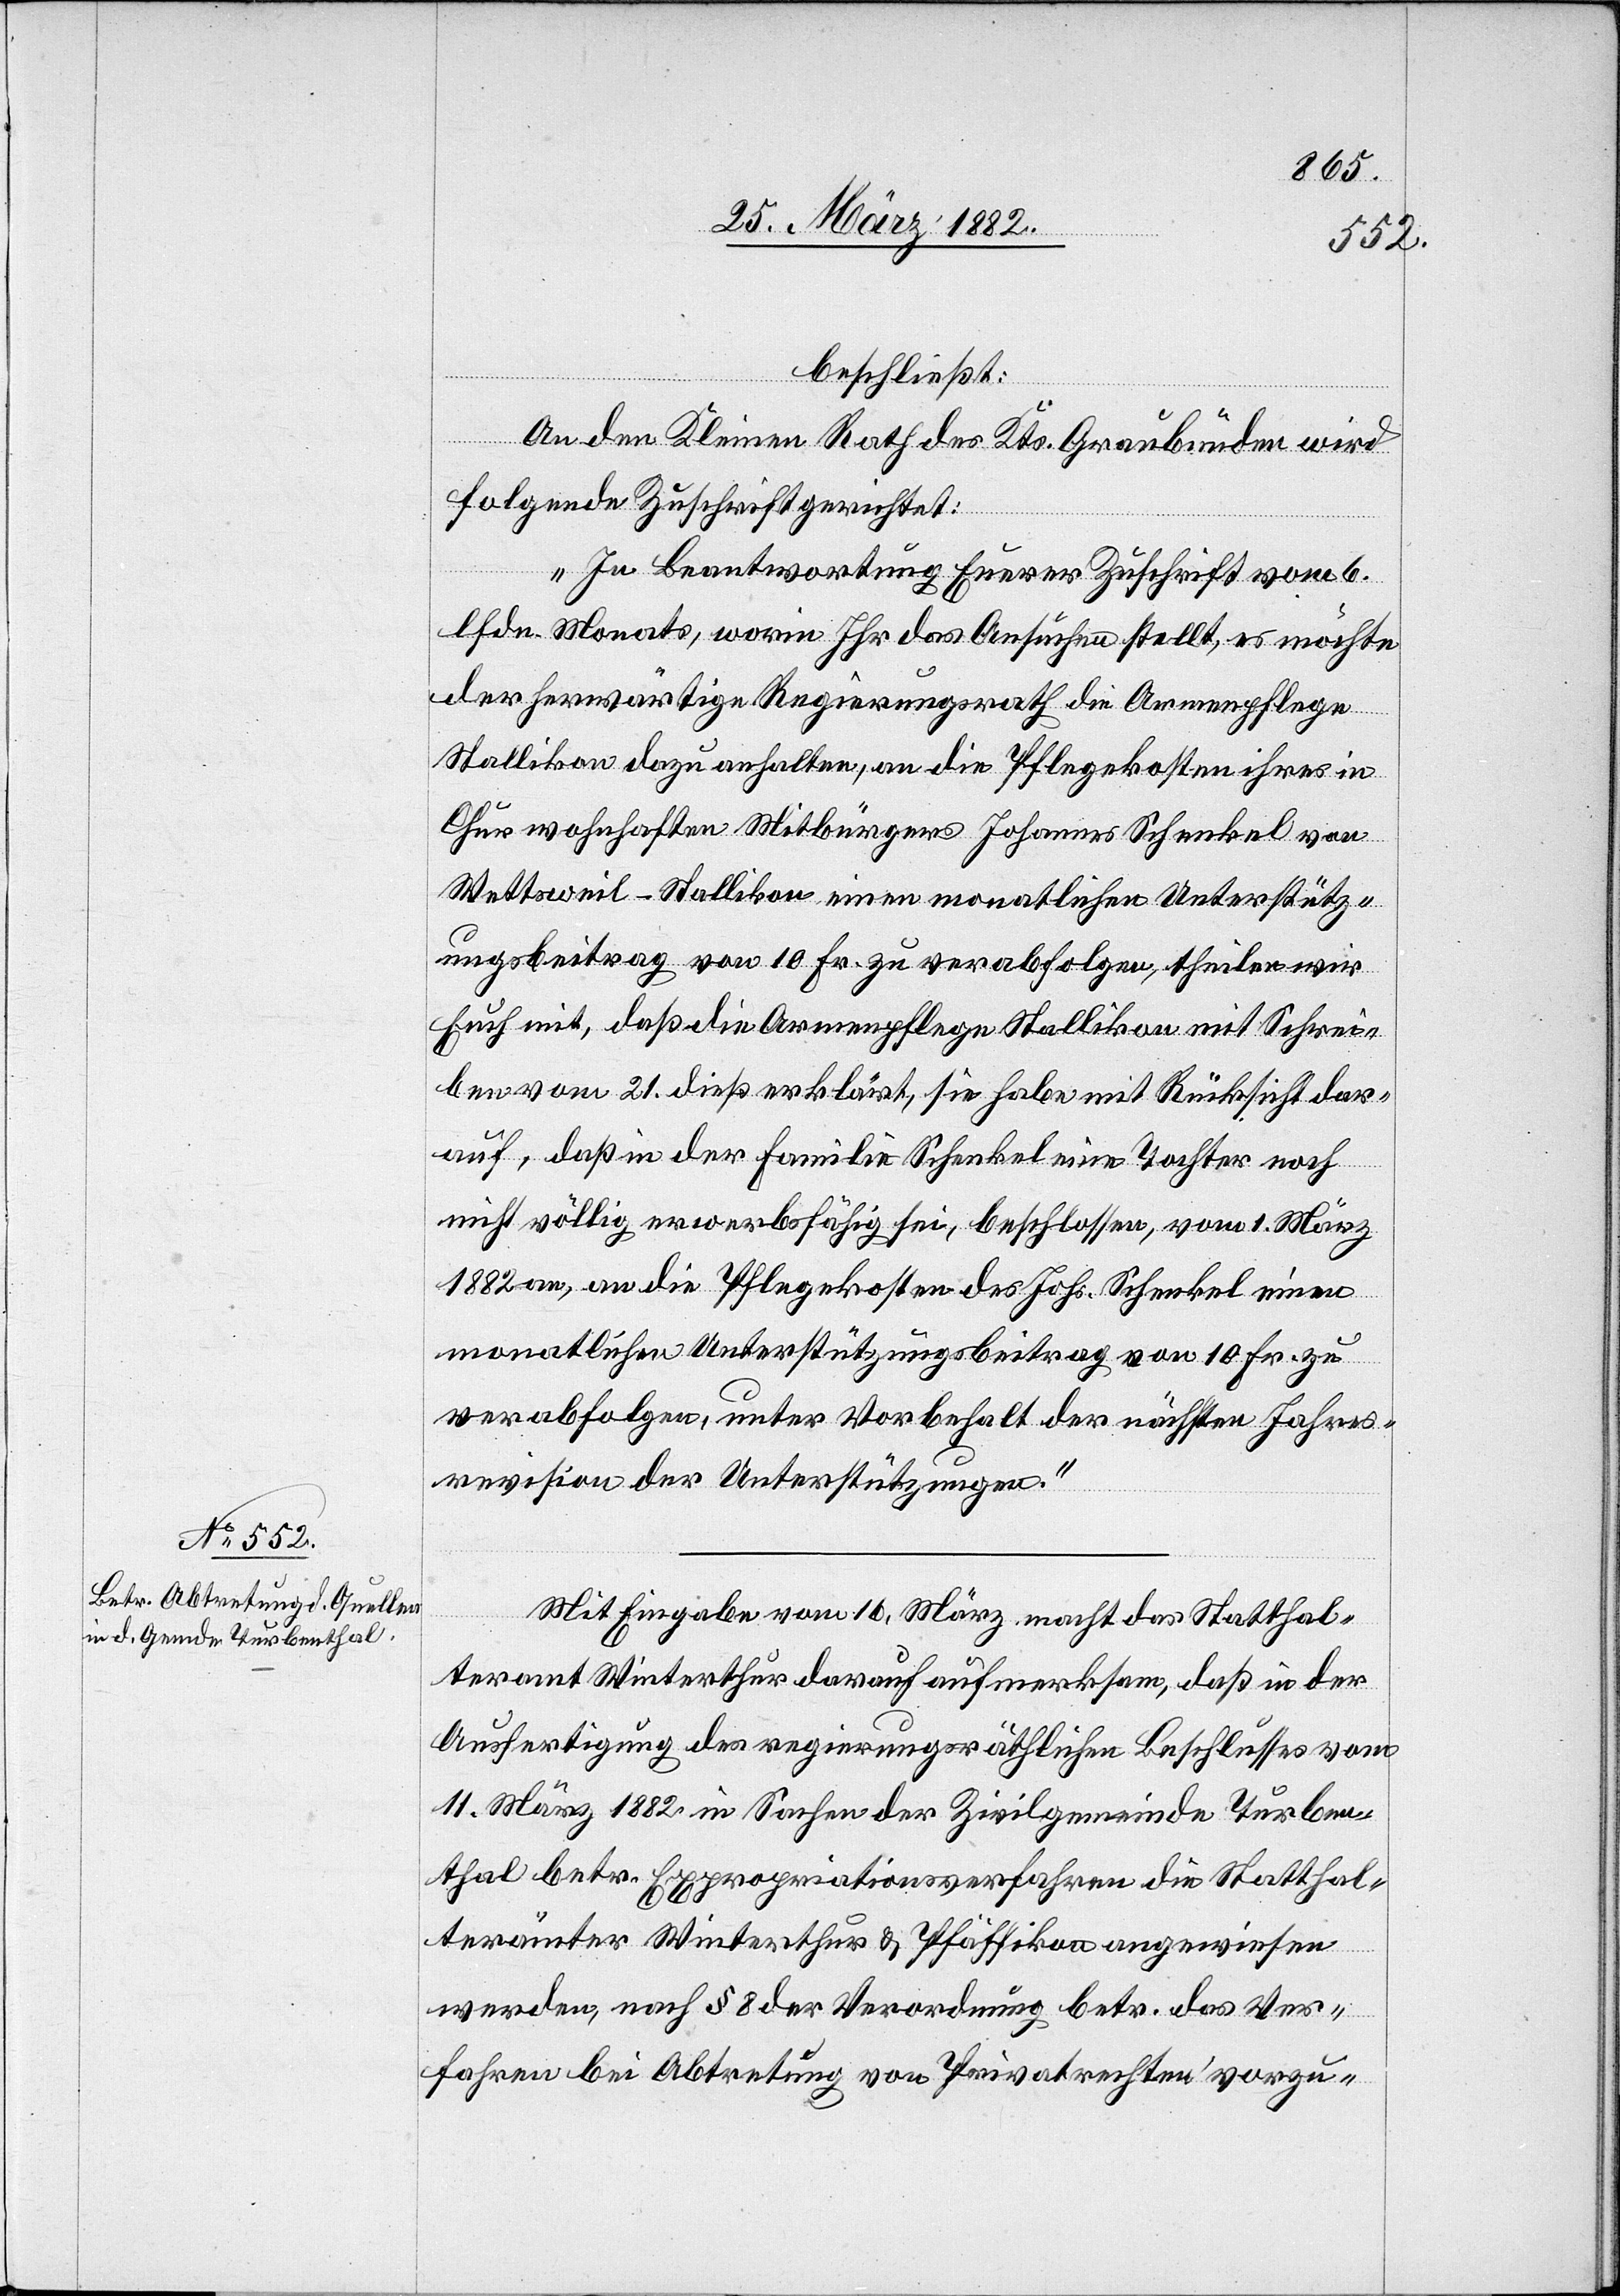
beschließt:
An den Kleinen Rath des Kts. Graubünden wird
folgende Zuschrift gerichtet:
„In Beantwortung Euerer Zuschrift vom 6.
[sic!] Monats, worin Ihr das Ansuchen stellt, es möchte
der herwärtige Regierungsrath die Armenpflege
Stallikon dazu anhalten, an die Pflegekosten ihres in
Chur wohnhaften Mitbürger Johannes Schenkel von
Wettsweil - Stallikon einen monatlichen Unterstütz¬
ungsbeitrag von 10 Fr. zu verabfolgen, theilen wir
Euch mit, daß die Armenpflege Stallikon mit Schrei¬
ben vom 21. dieß erklärt, sie habe mit Rücksicht dar¬
auf, daß in der Familie Schenkel eine Tochter noch
nicht völlig erwerbsfähig sei, beschlossen, vom 1. März
1882 an, an die Pflegekosten des Johs. Schenkel einen
monatlichen Unterstützungsbeitrag von 10 Fr. zu
verabfolgen, unter Vorbehalt der nächsten Jahres¬
revision der Unterstützungen.
Mit Eingabe vom 16. März macht das Statthal¬
teramt Winterthur darauf aufmerksam, daß in der
Ausfertigung des regierungsräthlichen Beschlusses vom
11. März 1882 in Sachen der Zivilgemeinde Turben¬
thal betr. Expropriationsverfahren die Statthal¬
terämter Winterthur & Pfäffikon angewiesen
werden, nach § 8 der Verordnung betr. das Ver¬
fahren bei Abtretung von Privatrechten vorzu-